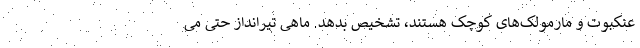
عنکبوت و مارمولک‌های کوچک هستند، تشخیص بدهد. ماهی تیرانداز حتی می